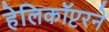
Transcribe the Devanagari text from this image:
हेलिकॉप्टरने